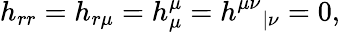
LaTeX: h_{rr}=h_{r\mu}=h_{\mu}^{\mu}=h^{\mu\nu}{}_{|\nu}=0,